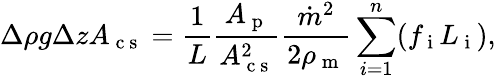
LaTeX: \Delta\rho g\Delta zA_{\mathrm{~c~s~}}=\frac{1}{L}\frac{A_{\mathrm{~p~}}}{A_{\mathrm{~c~s~}}^{2}}\frac{\dot{m}^{2}}{2\rho_{\mathrm{~m~}}}\sum_{i=1}^{n}(f_{\mathrm{~i~}}L_{\mathrm{~i~}}),